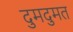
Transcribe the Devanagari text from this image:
दुमदुमत